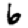
Digit: 6